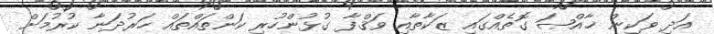
އަދި ވަކިން ޚާއްޞަ ގޮތެއްގައި ޒަކާތާއި ވަޤްފާ ގުޅުންހުރި ކަންތައްތައް ހަރުދަނާ ކުރުމަށް